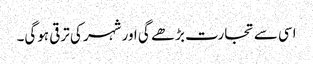
اسی سے تجارت بڑھے گی اور شہر کی ترقی ہوگی۔